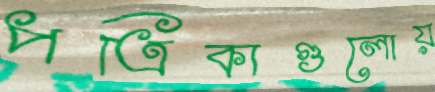
পত্রিকাগুলোয়